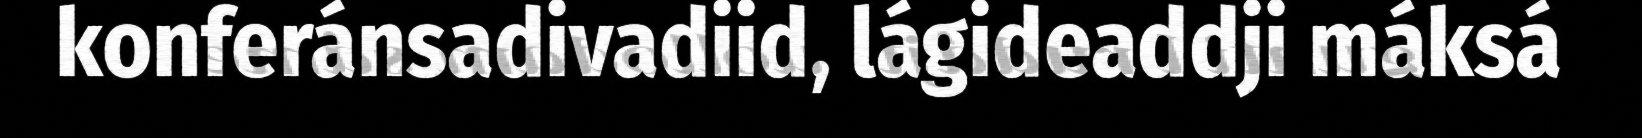
konferánsadivadiid, lágideaddji máksá